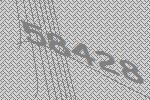
58428